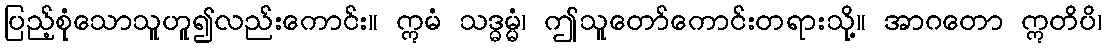
ပြည့်စုံသောသူဟူ၍လည်းကောင်း။ ဣမံ သဒ္ဓမ္မံ၊ ဤသူတော်ကောင်းတရားသို့။ အာဂတော ဣတိပိ၊